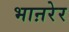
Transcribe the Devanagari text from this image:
भाऩरेर